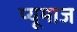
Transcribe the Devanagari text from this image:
प्यूमाज